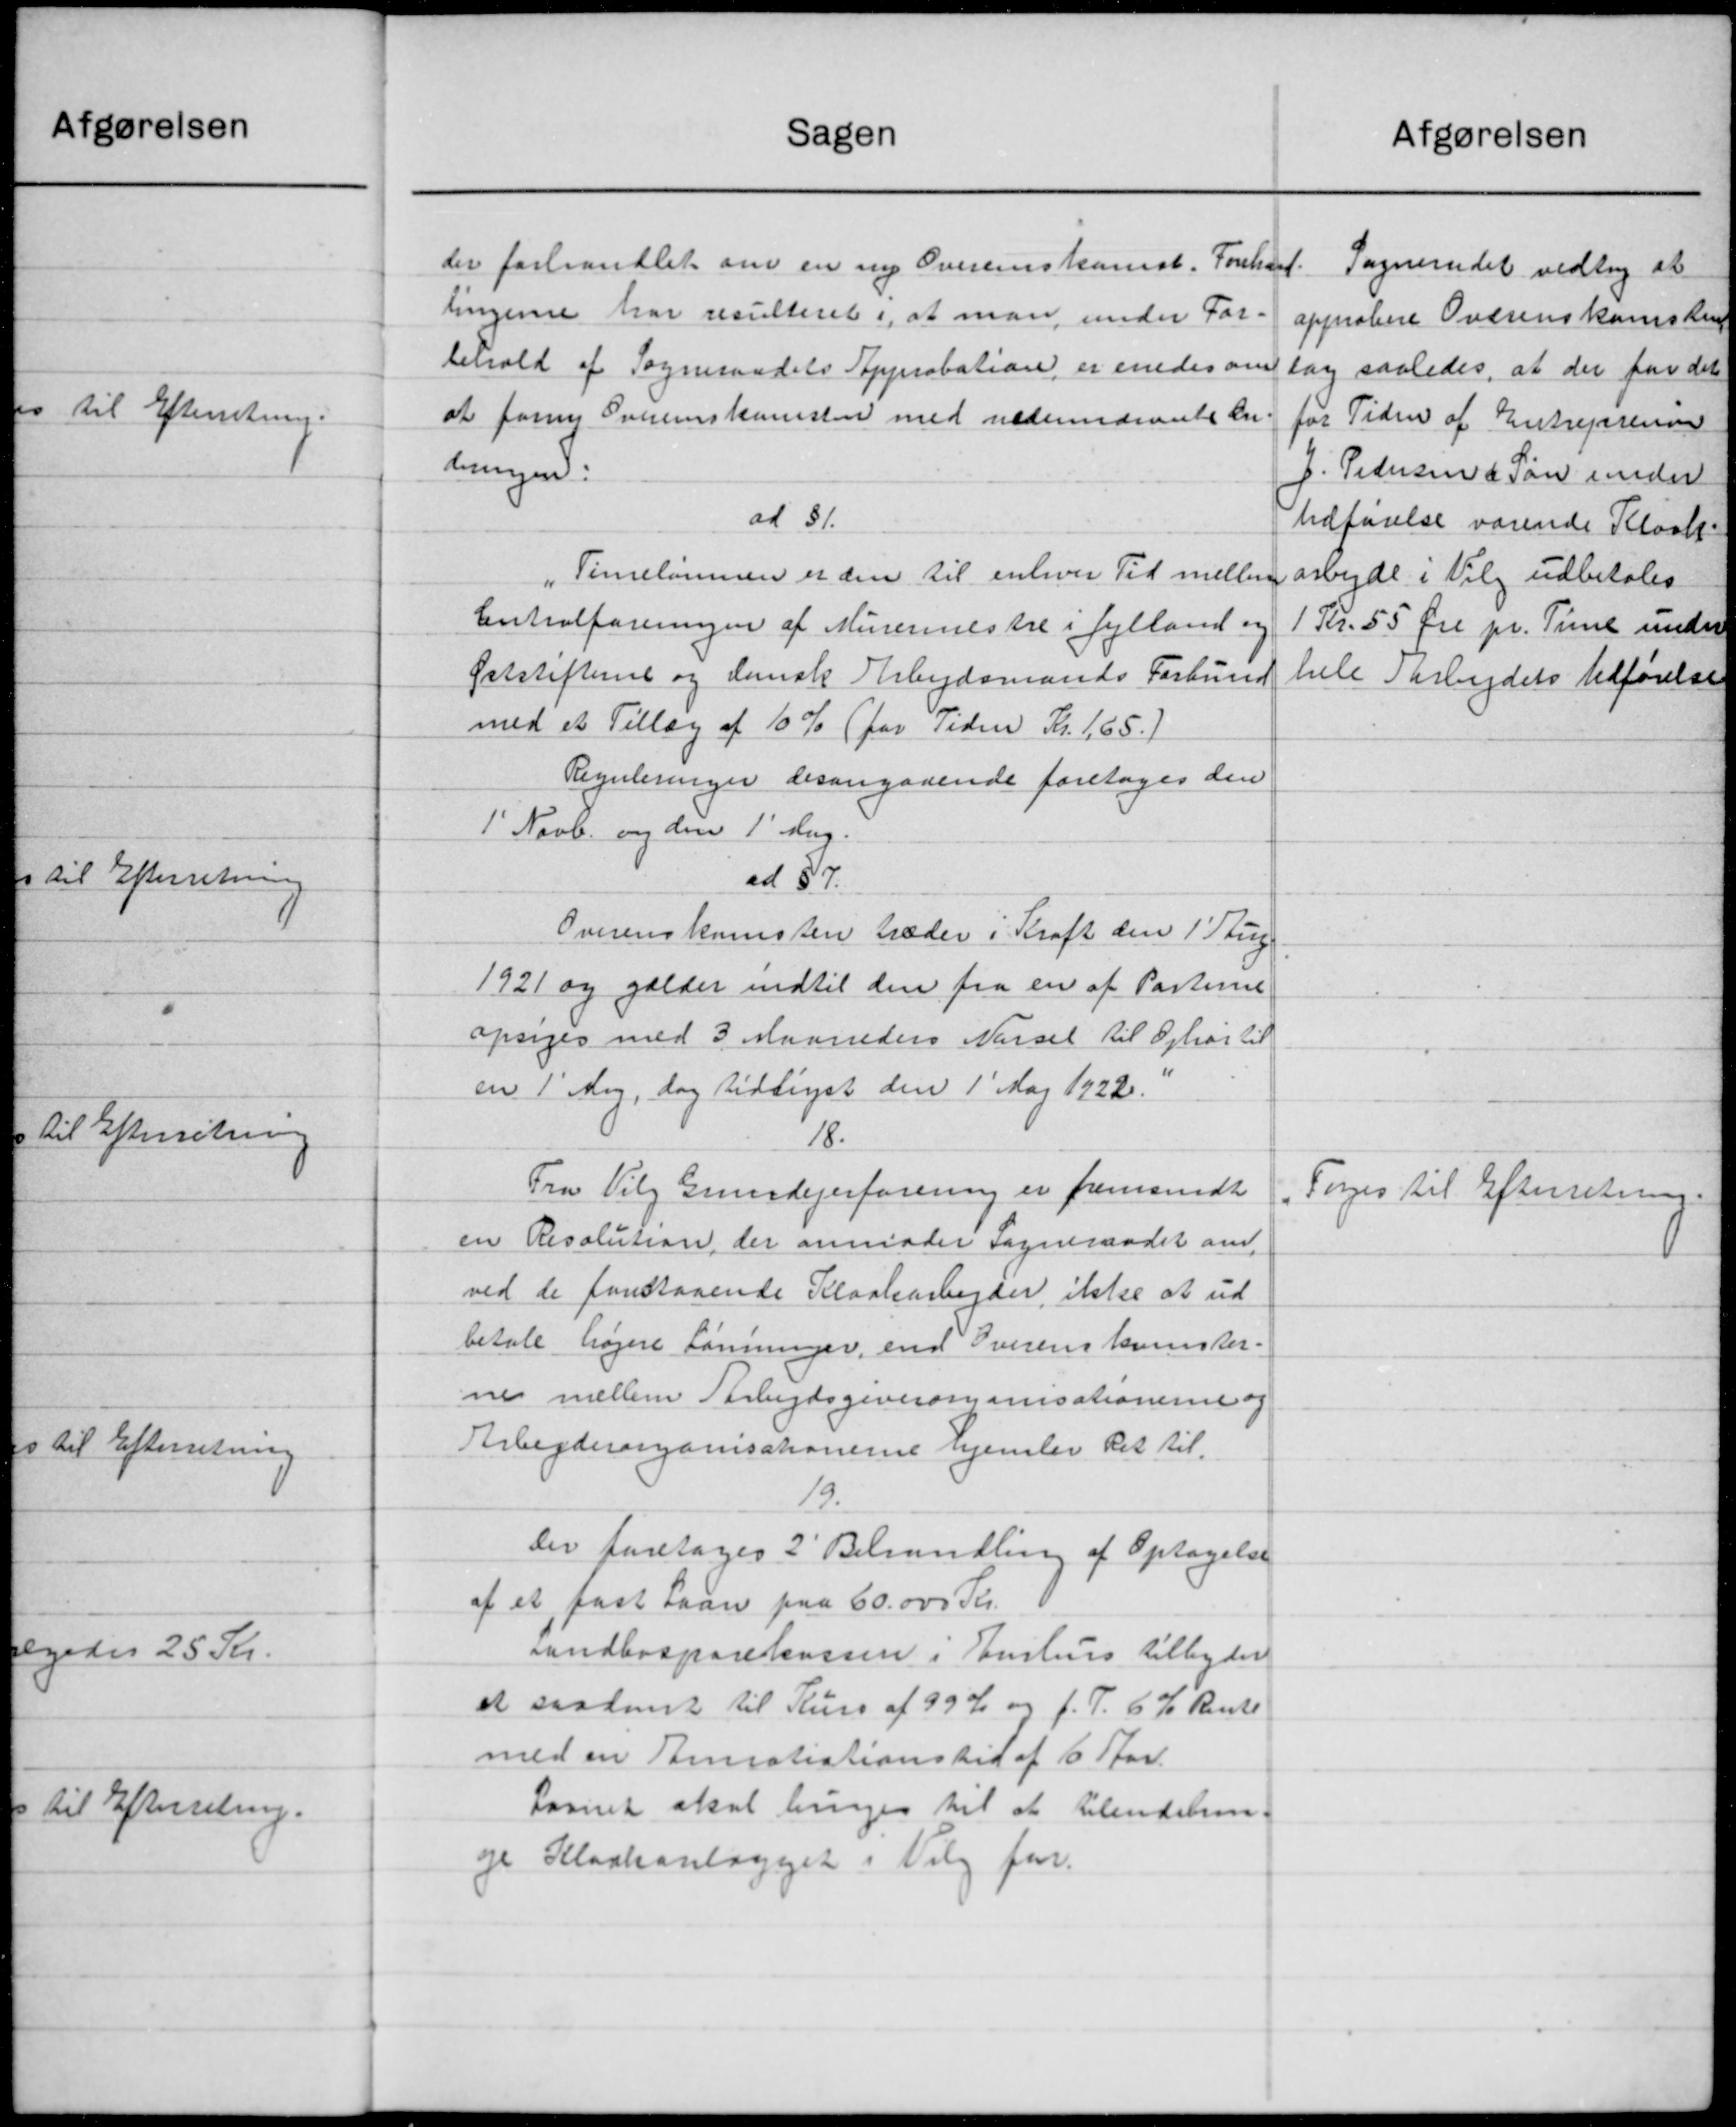
Transskription:
Sagen
Afgørelsen
der forhandlet om en ny Overenskomst. Forhand-
Sogneraadet vedtog at
lingerne har resulteret i, at man under For-
approbere Overenskomsten
behold af Sogneraadets Approbation er enedes om
tag saaledes, at der for det
at for Overenskomsten med nedennævnte En-
for Tiden af Entreprene
dungen:
J. Pedersen & Søn under
ad 31.
Udførelse værende Kloak.
Timelønnen er den til enhver Tid mellem arbejde i Valg udbetales
"
Centralforeningen af Murermestre i Jylland og
1 Kr. 55 Øre pr. Time under
Øststifterne og dansk Arbejdsmands Forbund
hele arbejdets Udførelse
med et Tillæg af 10 % (for Tiden Kr. 165.)
Reguleringer desangaaende foretoges den
1' Novb. og den 1' Aug.
ad 57.
Overenskomsten træder i Kraft den 1 Sup
1921 og gælder indtil den fra en af Parterne
opsiges med 3 Maaneders Nørsel til Ophør til
en 1' Maj, dog tidliget den 1' Maj 1922.
18.
Fra Vilg Grundejerforening er fremsendt
Fores til Efterretning.
en Resolution, der anmoder Sogneraadet om
ved de forstaaende Kloakarbejder ikke at ud
betale højere Lønninger, end Overenskomster-
nes mellem Arbejdsgiveromanisationerne og
Arbejderorganisationerne hjemler Ret til
19.
Der foretoges 2' Behandling af Optagelse
af et fast Laan paa 60.000 Kr.
Landbosparekassen i Julius tilbyder
at saadant til Kurs af 99 % og f. T. 6 % Rente
med en Amratiationstid af 60 Aar.
Laanet skal bringes til at tilendebrin-
ge Kloakanlægget i Valg for